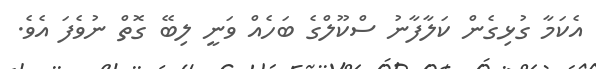
އެކަމާ ގުޅިގެން ކަލާފާނު ސްކޫލްގެ ބަހެއް ވަނީ ލިބޭ ގޮތް ނުވެފަ އެވެ.